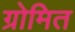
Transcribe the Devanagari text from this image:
ग्रोमित